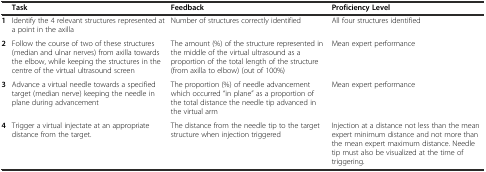
<table><thead><tr><td></td><td><b>Task</b></td><td><b>Feedback</b></td><td><b>Proficiency Level</b></td></tr></thead><tbody><tr><td><b>1</b></td><td>Identify the 4 relevant structures represented at a point in the axilla</td><td>Number of structures correctly identified</td><td>All four structures identified</td></tr><tr><td><b>2</b></td><td>Follow the course of two of these structures (median and ulnar nerves) from axilla towards the elbow, while keeping the structures in the centre of the virtual ultrasound screen</td><td>The amount (%) of the structure represented in the middle of the virtual ultrasound as a proportion of the total length of the structure (from axilla to elbow) (out of 100%)</td><td>Mean expert performance</td></tr><tr><td><b>3</b></td><td>Advance a virtual needle towards a specified target (median nerve) keeping the needle in plane during advancement</td><td>The proportion (%) of needle advancement which occurred &quot;in plane&quot; as a proportion of the total distance the needle tip advanced in the virtual arm</td><td>Mean expert performance</td></tr><tr><td><b>4</b></td><td>Trigger a virtual injectate at an appropriate distance from the target.</td><td>The distance from the needle tip to the target structure when injection triggered</td><td>Injection at a distance not less than the mean expert minimum distance and not more than the mean expert maximum distance. Needle tip must also be visualized at the time of triggering.</td></tr></tbody></table>